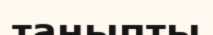
таныпты